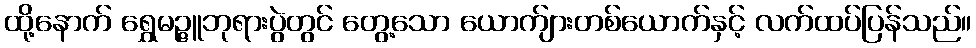
ထို့နောက် ရွှေမဉ္ဇူဘုရားပွဲတွင် တွေ့သော ယောက်ျားတစ်ယောက်နှင့် လက်ထပ်ပြန်သည်။